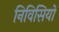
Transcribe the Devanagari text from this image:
निविसियों